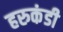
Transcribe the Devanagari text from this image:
हरुकंडी